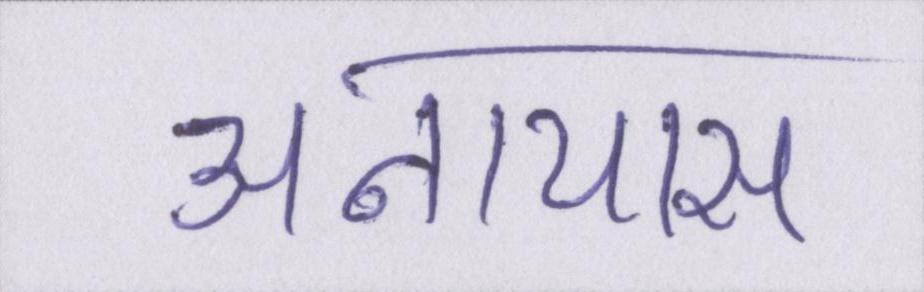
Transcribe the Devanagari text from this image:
अनायास